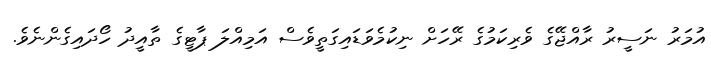
އުމަރު ނަސީރު ރާއްޖޭގެ ވެރިކަމުގެ ރޭހަށް ނިކުމެވަޑައިގަތީވެސް އަމިއްލަ ޕާޓީގެ ތާއީދު ހޯދައިގެންނެވެ.